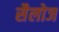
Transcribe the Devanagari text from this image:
सैलोज